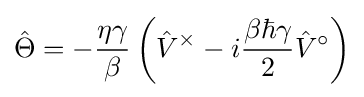
{\hat {\Theta }}=-{\frac {\eta \gamma }{\beta }}\left({\hat {V}}^{\times }-i{\frac {\beta \hbar \gamma }{2}}{\hat {V}}^{\circ }\right)